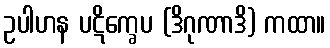
ဥပါဟန ပဋိက္ခေပ (ဒိဂုဏာဒိ) ကထာ။